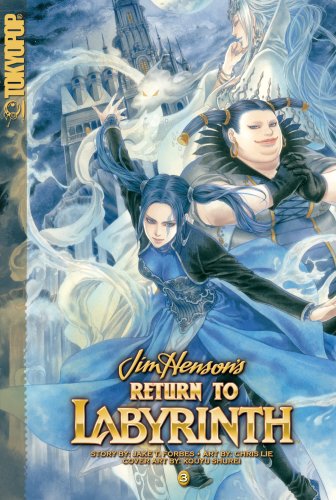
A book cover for Return to Labyrinth Volume 3 (v. 3); Jake T. Forbes; Teen & Young Adult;